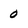
Character: 0